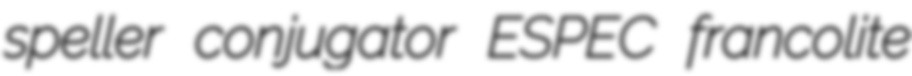
speller conjugator ESPEC francolite